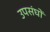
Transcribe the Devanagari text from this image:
उपसंघों